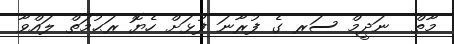
މާތް  ނަދީމް ސަރ ގެ ފުރާނަ ފުޅަށް ހެޔޮ ރަޙުމަތް ލައްވާ